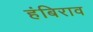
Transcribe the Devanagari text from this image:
हंबिराव